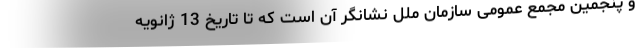
و پنجمین مجمع عمومی سازمان ملل نشانگر آن است که تا تاریخ 13 ژانویه